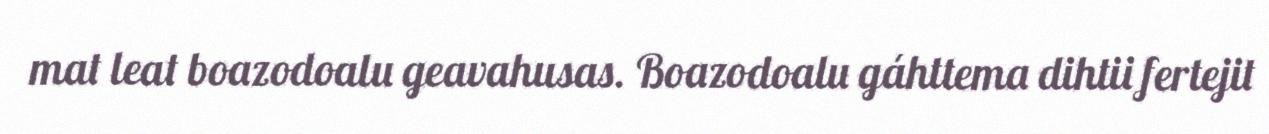
mat leat boazodoalu geavahusas. Boazodoalu gáhttema dihtii fertejit